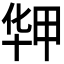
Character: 𰅻